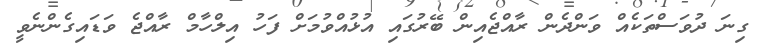
ގިނަ ދުވަސްތަކެއް ވަންދެން ރާއްޖެއިން ބޭރުގައި އުޅުއްވުމަށް ފަހު އިލްހާމް ރާއްޖެ ވަޑައިގެންނެވީ